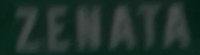
ZENATA